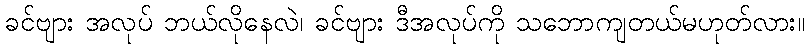
ခင်ဗျား အလုပ် ဘယ်လိုနေလဲ၊ ခင်ဗျား ဒီအလုပ်ကို သဘောကျတယ်မဟုတ်လား။